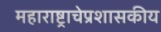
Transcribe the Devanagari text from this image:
महाराष्ट्राचेप्रशासकीय